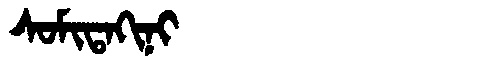
Manchu: ᠰᠣᠮᡳᡨᠠᡴᡳᠨᡳ
Romanization: SOMITAKINI